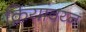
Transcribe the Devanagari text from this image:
क्रियांवय्न